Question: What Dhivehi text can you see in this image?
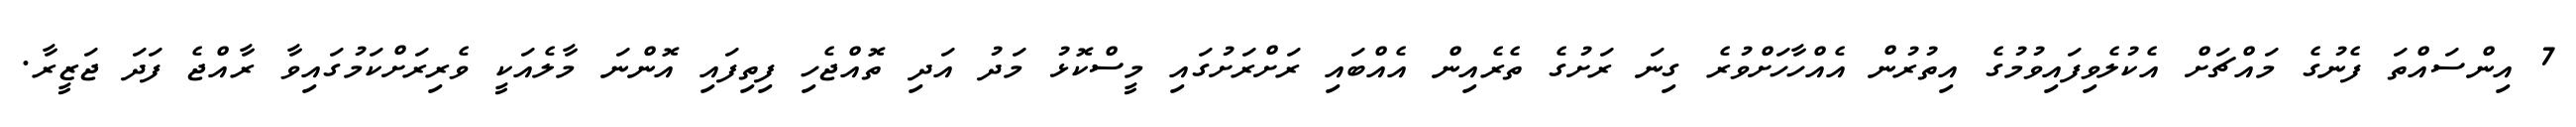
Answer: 7 އިންސައްތަ ފެނުގެ މައްޗަށް އެކުލެވިފައިވުމުގެ އިތުރުން އެއްހާހަށްވުރެ ގިނަ ރަށުގެ ތެރެއިން އެއްބައި ރަށްރަށުގައި މީސްކޮޅު މަދު އަދި ތޮއްޖެހި ފިތިފައި އޮންނަ މާލެއަކީ ވެރިރަށްކަމުގައިވާ ރާއްޖެ ފަދަ ޖަޒީރާ.